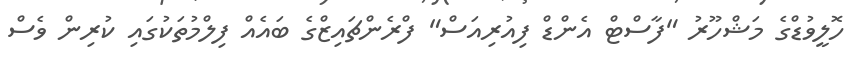
ހޮލީވުޑްގެ މަޝްހޫރު "ފާސްޓް އެންޑް ފިއުރިއަސް" ފްރެންޗައިޒްގެ ބައެއް ފިލްމުތަކުގައި ކުރިން ވެސް